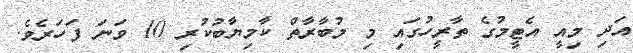
އަދި މިއީ އެޓީމުގެ ތާރީހުގައި މި މުބާރާތް ކާމިޔާބުކުރި 10 ވަނަ ފަހަރެވެ.